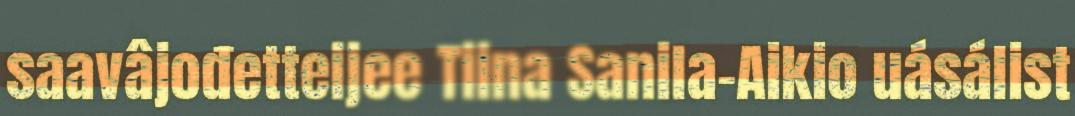
saavâjođetteijee Tiina Sanila-Aikio uásálist